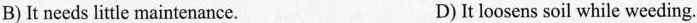
B)It needs little maintenance. D)It loosens soil while weeding.